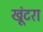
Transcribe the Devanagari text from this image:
खूंटरा